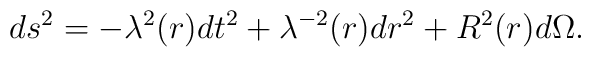
ds^2 = - {\lambda}^2(r) dt^2 + {\lambda}^{-2}(r) dr^2 + R^2(r) d{\Omega} .